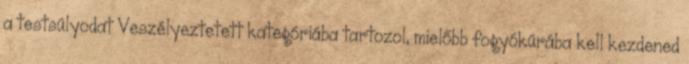
a testsúlyodat Veszélyeztetett kategóriába tartozol, mielőbb fogyókúrába kell kezdened